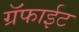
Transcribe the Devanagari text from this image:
ग्रॅफाईट